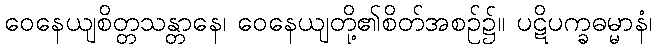
ဝေနေယျစိတ္တသန္တာနေ၊ ဝေနေယျတို့၏စိတ်အစဉ်၌။ ပဋိပက္ခဓမ္မာနံ၊